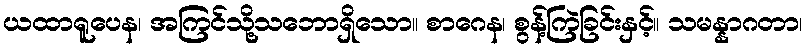
ယထာရူပေန၊ အကြင်သို့သဘောရှိသော။ စာဂေန၊ စွန့်ကြဲခြင်းနှင့်။ သမန္နာဂတာ၊